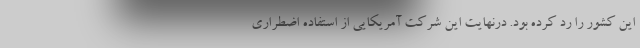
این کشور را رد کرده بود. درنهایت این شرکت آمریکایی از استفاده اضطراری